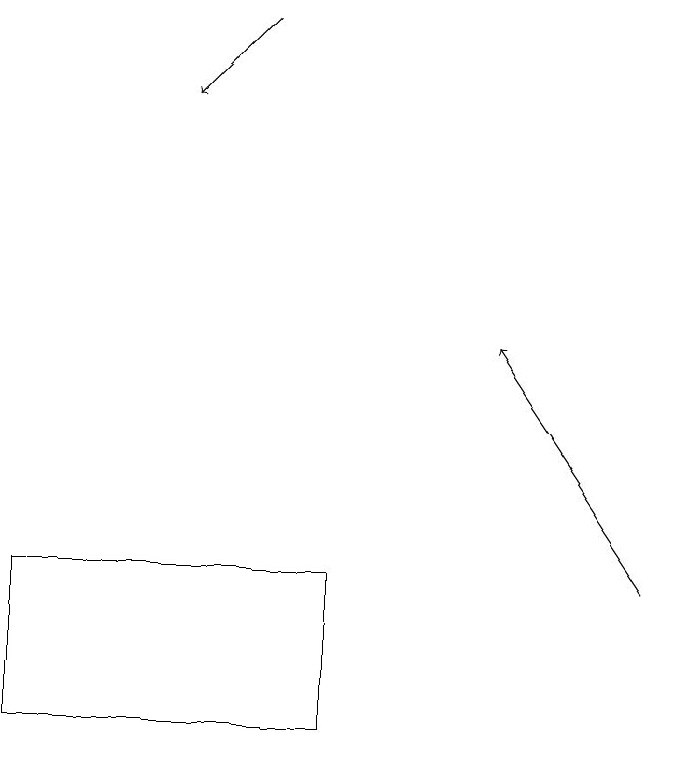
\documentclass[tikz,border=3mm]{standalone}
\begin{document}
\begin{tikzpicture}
\draw[->] (3,19) -- (2,18);
\draw (4,10) rectangle (0,12);
\draw[->] (8,12) -- (6,15);
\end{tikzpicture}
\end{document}